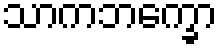
သာကဘက္ခော